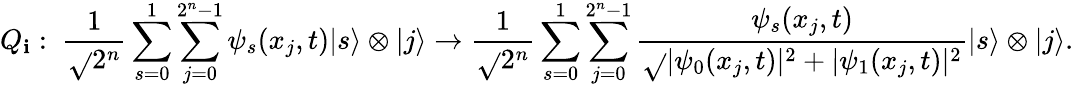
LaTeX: Q_{\mathbf{i}}:~\frac{{1}}{{\sqrt{}{{2^{n}}}}}\sum_{s=0}^{1}\sum_{j=0}^{2^{n}-1}\psi_{s}(x_{j},t)|s\rangle\otimes|j\rangle\to\frac{{1}}{{\sqrt{}{{2^{n}}}}}\sum_{s=0}^{1}\sum_{j=0}^{2^{n}-1}\frac{{\psi_{s}(x_{j},t)}}{{\sqrt{}{{|\psi_{0}(x_{j},t)|^{2}+|\psi_{1}(x_{j},t)|^{2}}}}}|s\rangle\otimes|j\rangle.